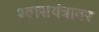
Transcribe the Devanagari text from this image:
श्वासयंत्रावर